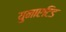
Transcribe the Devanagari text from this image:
युनाएटिड